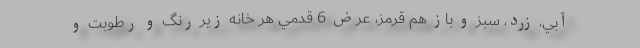
آبي، زرد، سبز و باز هم قرمز، عرض 6 قدمي هر خانه زير رنگ و رطوبت و